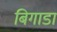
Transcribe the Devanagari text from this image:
बिगाडा